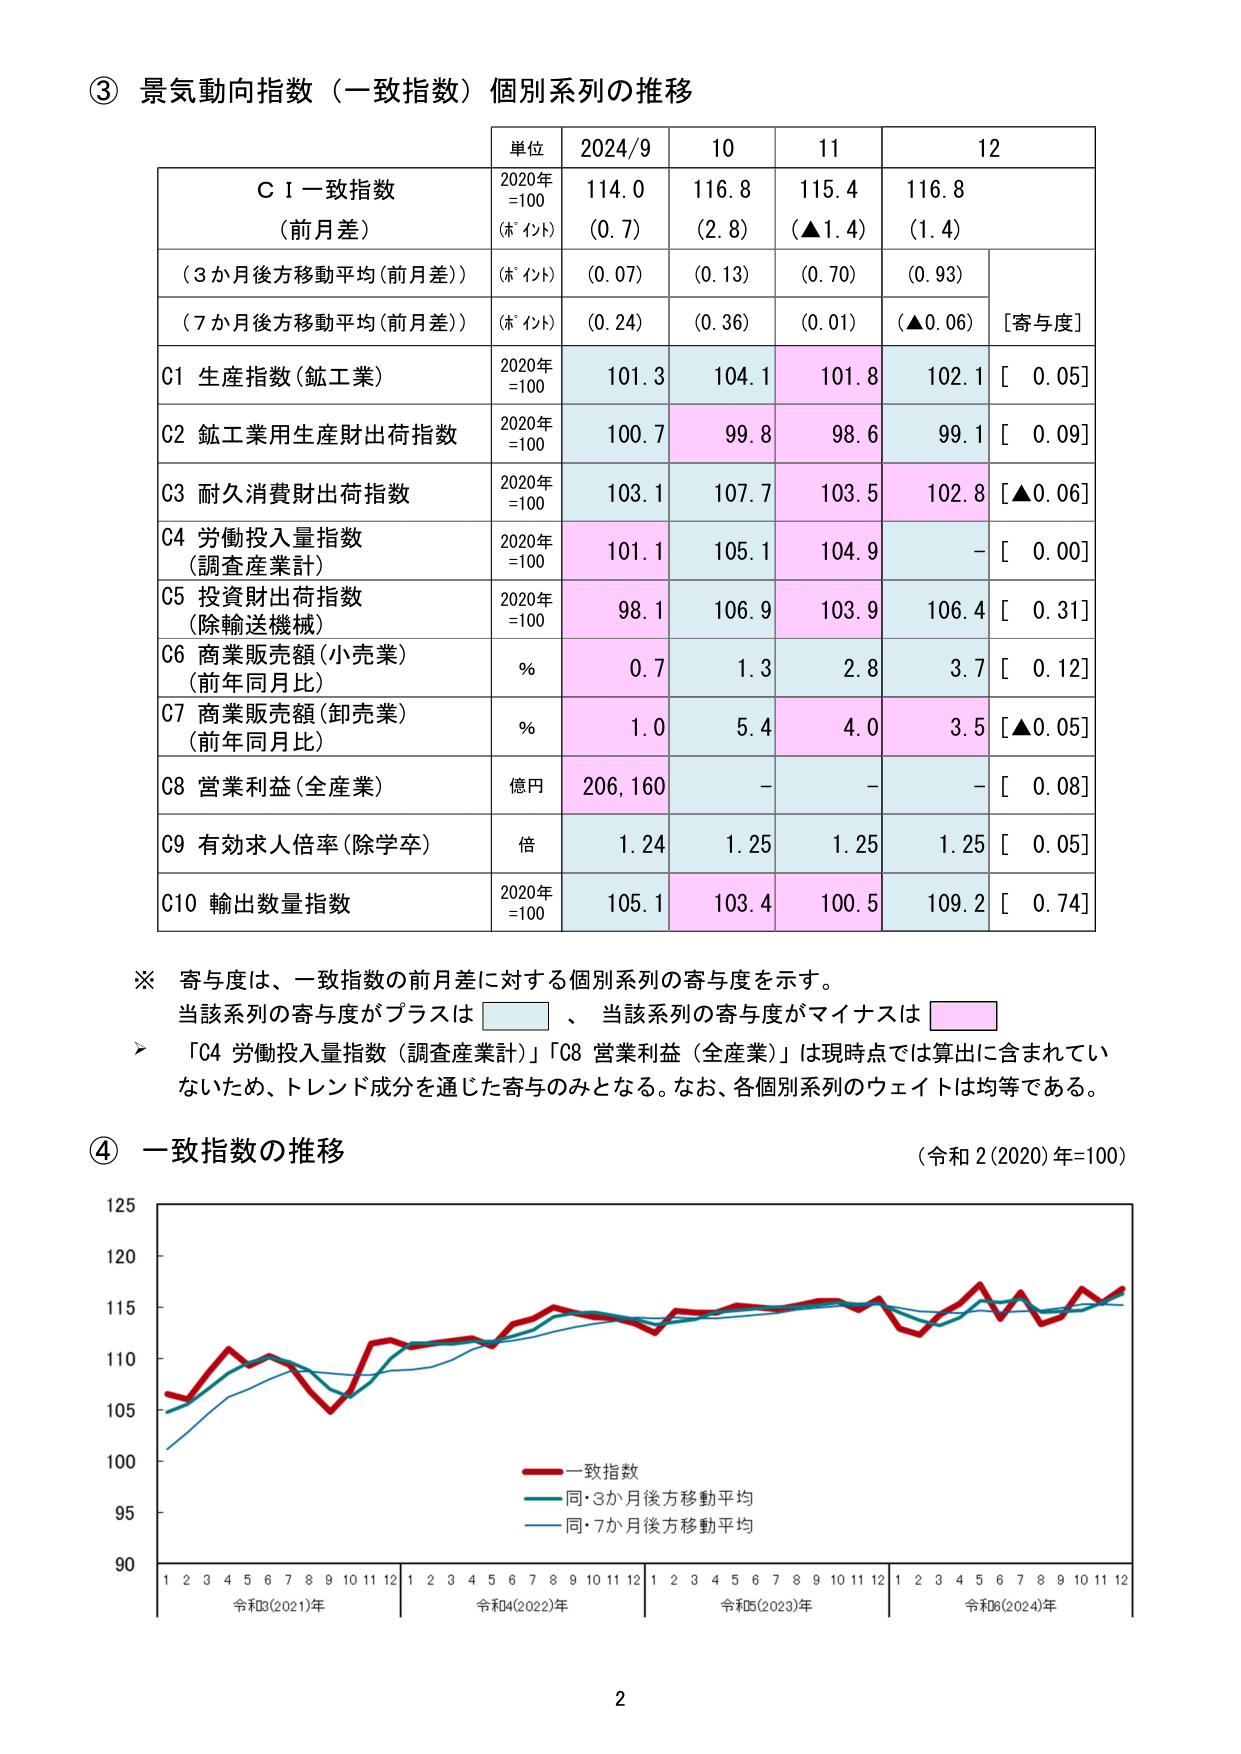
③ 景気動向指数（一致指数）個別系列の推移

単位 2024/9 10 11 12

ＣＩ一致指数 2020年 114.0 116.8 115.4 116.8
（前月差） =100 （ポイント） （0.7） （2.8） （▲1.4） （1.4）

（3か月後方移動平均（前月差）） （ポイント） （0.07） （0.13） （0.70） （0.93）

（7か月後方移動平均（前月差）） （ポイント） （0.24） （0.36） （0.01） （▲0.06） [寄与度]

C1 生産指数（鉱工業） 2020年 101.3 104.1 101.8 102.1 [ 0.05]
=100

C2 鉱工業用生産財出荷指数 2020年 100.7 99.8 98.6 99.1 [ 0.09]
=100

C3 耐久消費財出荷指数 2020年 103.1 107.7 103.5 102.8 [▲0.06]
=100

C4 労働投入量指数 2020年 101.1 105.1 104.9 - [ 0.00]
（調査産業計） =100

C5 投資財出荷指数 2020年 98.1 106.9 103.9 106.4 [ 0.31]
（除輸送機械） =100

C6 商業販売額（小売業） % 0.7 1.3 2.8 3.7 [ 0.12]
（前年同月比）

C7 商業販売額（卸売業） % 1.0 5.4 4.0 3.5 [▲0.05]
（前年同月比）

C8 営業利益（全産業） 億円 206,160 - - - [ 0.08]

C9 有効求人倍率（除学卒） 倍 1.24 1.25 1.25 1.25 [ 0.05]

C10 輸出数量指数 2020年 105.1 103.4 100.5 109.2 [ 0.74]
=100

※ 寄与度は、一致指数の前月差に対する個別系列の寄与度を示す。
当該系列の寄与度がプラスは 、 当該系列の寄与度がマイナスは

「C4 労働投入量指数（調査産業計）」「C8 営業利益（全産業）」は現時点では算出に含まれていないため、トレンド成分を通じた寄与のみとなる。なお、各個別系列のウェイトは均等である。

④ 一致指数の推移 （令和2(2020)年=100）

125
120
115
110
105
100
95
90

一致指数
同・3か月後方移動平均
同・7か月後方移動平均

1 2 3 4 5 6 7 8 9 10 11 12 1 2 3 4 5 6 7 8 9 10 11 12 1 2 3 4 5 6 7 8 9 10 11 12 1 2 3 4 5 6 7 8 9 10 11 12
令和3(2021)年 令和4(2022)年 令和5(2023)年 令和6(2024)年

2